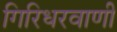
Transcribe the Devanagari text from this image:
गिरिधरवाणी